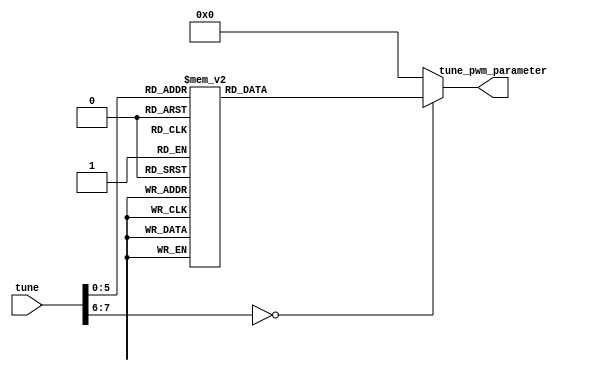
module tune_decoder(
    input        [7 :0]  tune,
    output  reg  [19:0]  tune_pwm_parameter
);

localparam tune_pwm_parameter_do = 20'h2EA9B;//do 261.6hz
localparam tune_pwm_parameter_ri = 20'h29902;//ri 293.7hz
localparam tune_pwm_parameter_mi = 20'h25093;//mi 329.6hz
localparam tune_pwm_parameter_fa = 20'h22F50;//fa 349.2hz
localparam tune_pwm_parameter_so = 20'h1F23F;//so 392hz
localparam tune_pwm_parameter_la = 20'h1BBE4;//la 440hz
localparam tune_pwm_parameter_xi = 20'h18B73;//xi 493.9hz
localparam tune_pwm_parameter_Do = 20'h1753B;//do 523.3hz
localparam tune_pwm_parameter_Ri = 20'h14C8F;//ri 587.3hz
localparam tune_pwm_parameter_Mi = 20'h1283E;//mi 659.3hz
localparam tune_pwm_parameter_Fa = 20'h11B44;//fa 698.5hz
localparam tune_pwm_parameter_So = 20'hF920; //so 784hz
localparam tune_pwm_parameter_La = 20'hDDF2; //la 880hz
localparam tune_pwm_parameter_Xi = 20'hC5BA; //xi 987.8hz
localparam tune_pwm_parameter_DO = 20'hBAA2; //do 1046.5hz
localparam tune_pwm_parameter_RI = 20'hA644; //ri 1174.7hz
localparam tune_pwm_parameter_MI = 20'h9422; //mi 1318.5hz
localparam tune_pwm_parameter_FA = 20'h8BD2; //fa 1396.9hz
localparam tune_pwm_parameter_SO = 20'h7C90; //so 1568hz
localparam tune_pwm_parameter_LA = 20'h6EF9; //la 1760hz
localparam tune_pwm_parameter_XI = 20'h62DE; //xi 1975.5hz

always @(tune) begin
    case (tune)
        8'h11: tune_pwm_parameter = tune_pwm_parameter_do;
        8'h12: tune_pwm_parameter = tune_pwm_parameter_ri;
        8'h13: tune_pwm_parameter = tune_pwm_parameter_mi;
        8'h14: tune_pwm_parameter = tune_pwm_parameter_fa;
        8'h15: tune_pwm_parameter = tune_pwm_parameter_so;
        8'h16: tune_pwm_parameter = tune_pwm_parameter_la;
        8'h17: tune_pwm_parameter = tune_pwm_parameter_xi;
        8'h21: tune_pwm_parameter = tune_pwm_parameter_Do;
        8'h22: tune_pwm_parameter = tune_pwm_parameter_Ri;
        8'h23: tune_pwm_parameter = tune_pwm_parameter_Mi;
        8'h24: tune_pwm_parameter = tune_pwm_parameter_Fa;
        8'h25: tune_pwm_parameter = tune_pwm_parameter_So;
        8'h26: tune_pwm_parameter = tune_pwm_parameter_La;
        8'h27: tune_pwm_parameter = tune_pwm_parameter_Xi;       
        8'h31: tune_pwm_parameter = tune_pwm_parameter_DO;
        8'h32: tune_pwm_parameter = tune_pwm_parameter_RI;
        8'h33: tune_pwm_parameter = tune_pwm_parameter_MI;
        8'h34: tune_pwm_parameter = tune_pwm_parameter_FA;
        8'h35: tune_pwm_parameter = tune_pwm_parameter_SO;
        8'h36: tune_pwm_parameter = tune_pwm_parameter_LA;
        8'h37: tune_pwm_parameter = tune_pwm_parameter_XI;
        default:tune_pwm_parameter = 20'd0; 
    endcase 
end

endmodule